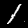
Digit: 1